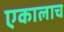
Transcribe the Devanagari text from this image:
एकालाच